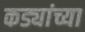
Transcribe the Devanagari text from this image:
कड्यांच्या